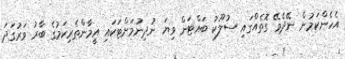
އެހެންކަމުން ނޭދެވޭ ގޮތެއްގައި ސުލޫކު ބައްޓަން ވިޔަ ނުދިނުމަށްޓަކައި އީމާންތެރިކަމުގެ ބާރު ވަރުގަދަ